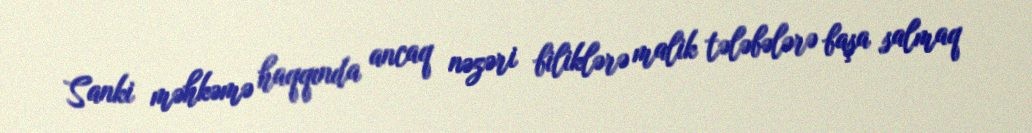
Sanki məhkəmə haqqında ancaq nəzəri biliklərə malik tələbələrə başa salmaq